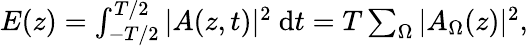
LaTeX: \begin{array}{r}{E(z)=\int_{-T/2}^{T/2}|A(z,t)|^{2}~\mathrm{{d}}t=T\sum_{\Omega}|A_{\Omega}(z)|^{2},}\end{array}